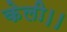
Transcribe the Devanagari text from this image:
केली।।